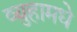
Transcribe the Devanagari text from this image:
व्युहामधे